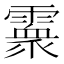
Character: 𩅧